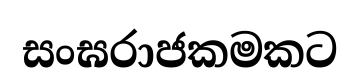
සංඝරාජකමකට